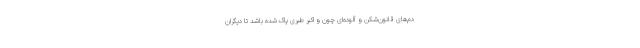
دم‌های قانون‌شکن و آلوده‌ای چون و اکبر طبری پاک شده باشد تا دیگران